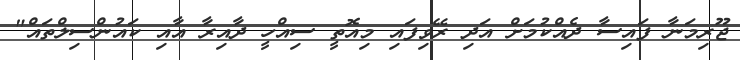
ޖޫރިމަނާ ފައިސާ ދެއްކުމަށް އަދި ރޭވިފައި މިއޮތީ ސިއްހީ ދާއިރާ އާއި ކައުންސިލްތައް"